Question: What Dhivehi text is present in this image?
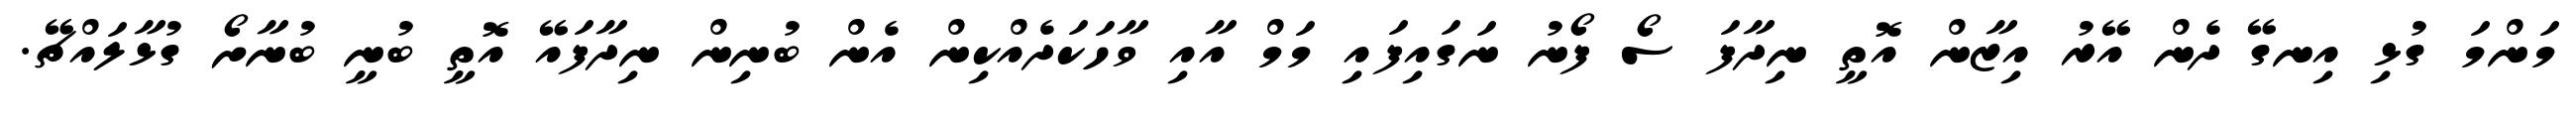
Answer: މަންމަ ގުޅި އިނގޭ ދެން އޭރު އިޒާން އޮތީ ނިދާފަ ސޯ ފޯނު ނަގައިފައި މަމް އާއި ވާހަކަދެއްކިން އެން ބުނިން ނިދާފައޭ އޮތީ ބުނީ ބުނާށޯ ގުޅާލައްޗޭ.